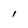
Character: l